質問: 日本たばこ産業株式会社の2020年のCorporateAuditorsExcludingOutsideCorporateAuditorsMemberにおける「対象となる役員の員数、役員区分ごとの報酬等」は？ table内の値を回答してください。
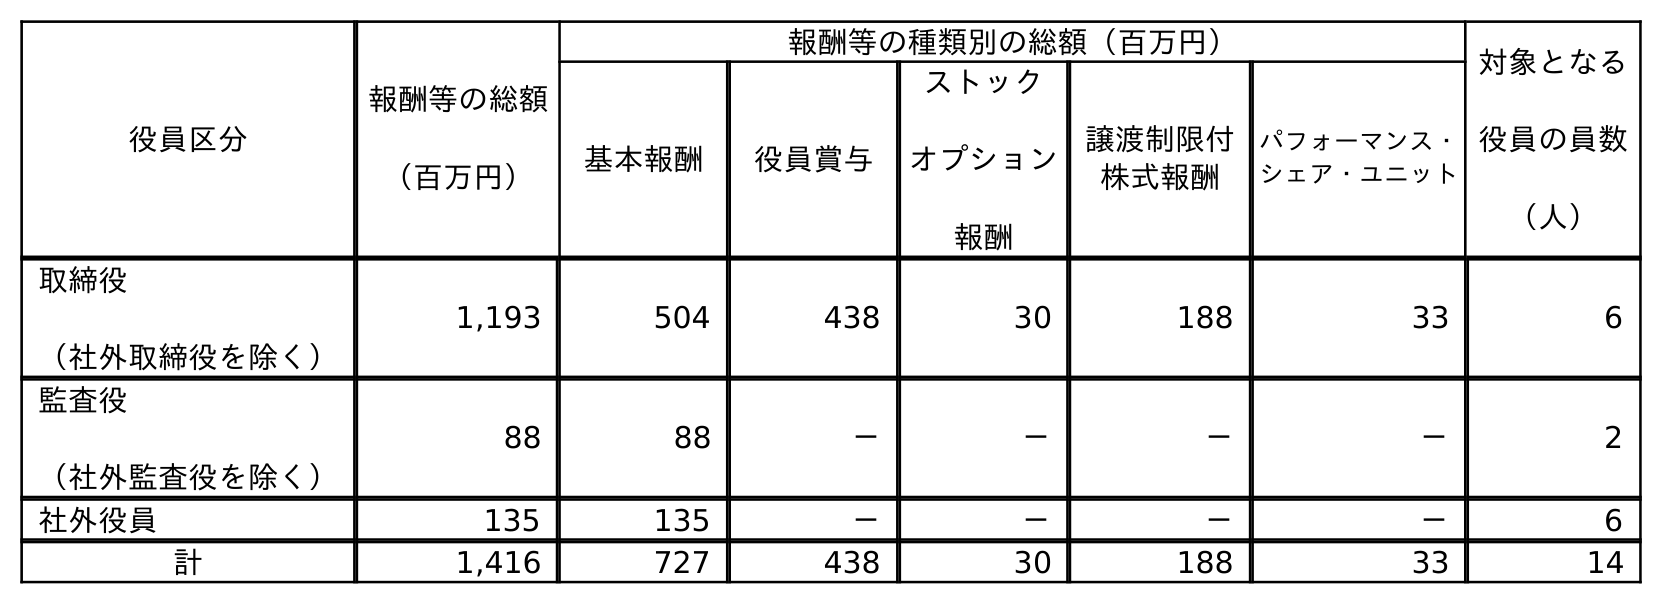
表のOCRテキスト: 役員区分 報酬等の総額 （百万円） 報酬等の種類別の総額（百万円） 対象となる 役員の員数 （人） 基本報酬 役員賞与 ストック オプション 報酬 譲渡制限付 株式報酬 パフォーマンス・ シェア・ユニット 取締役 （社外取締役を除く） 1,193 504 438 30 188 33 6 監査役 （社外監査役を除く） 88 88 － － － － 2 社外役員 135 135 － － － － 6 計 1,416 727 438 30 188 33 14
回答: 2